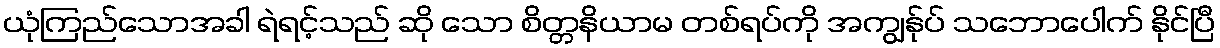
ယုံကြည်သောအခါ ရဲရင့်သည် ဆို သော စိတ္တနိယာမ တစ်ရပ်ကို အကျွန်ုပ် သဘောပေါက် နိုင်ပြီ